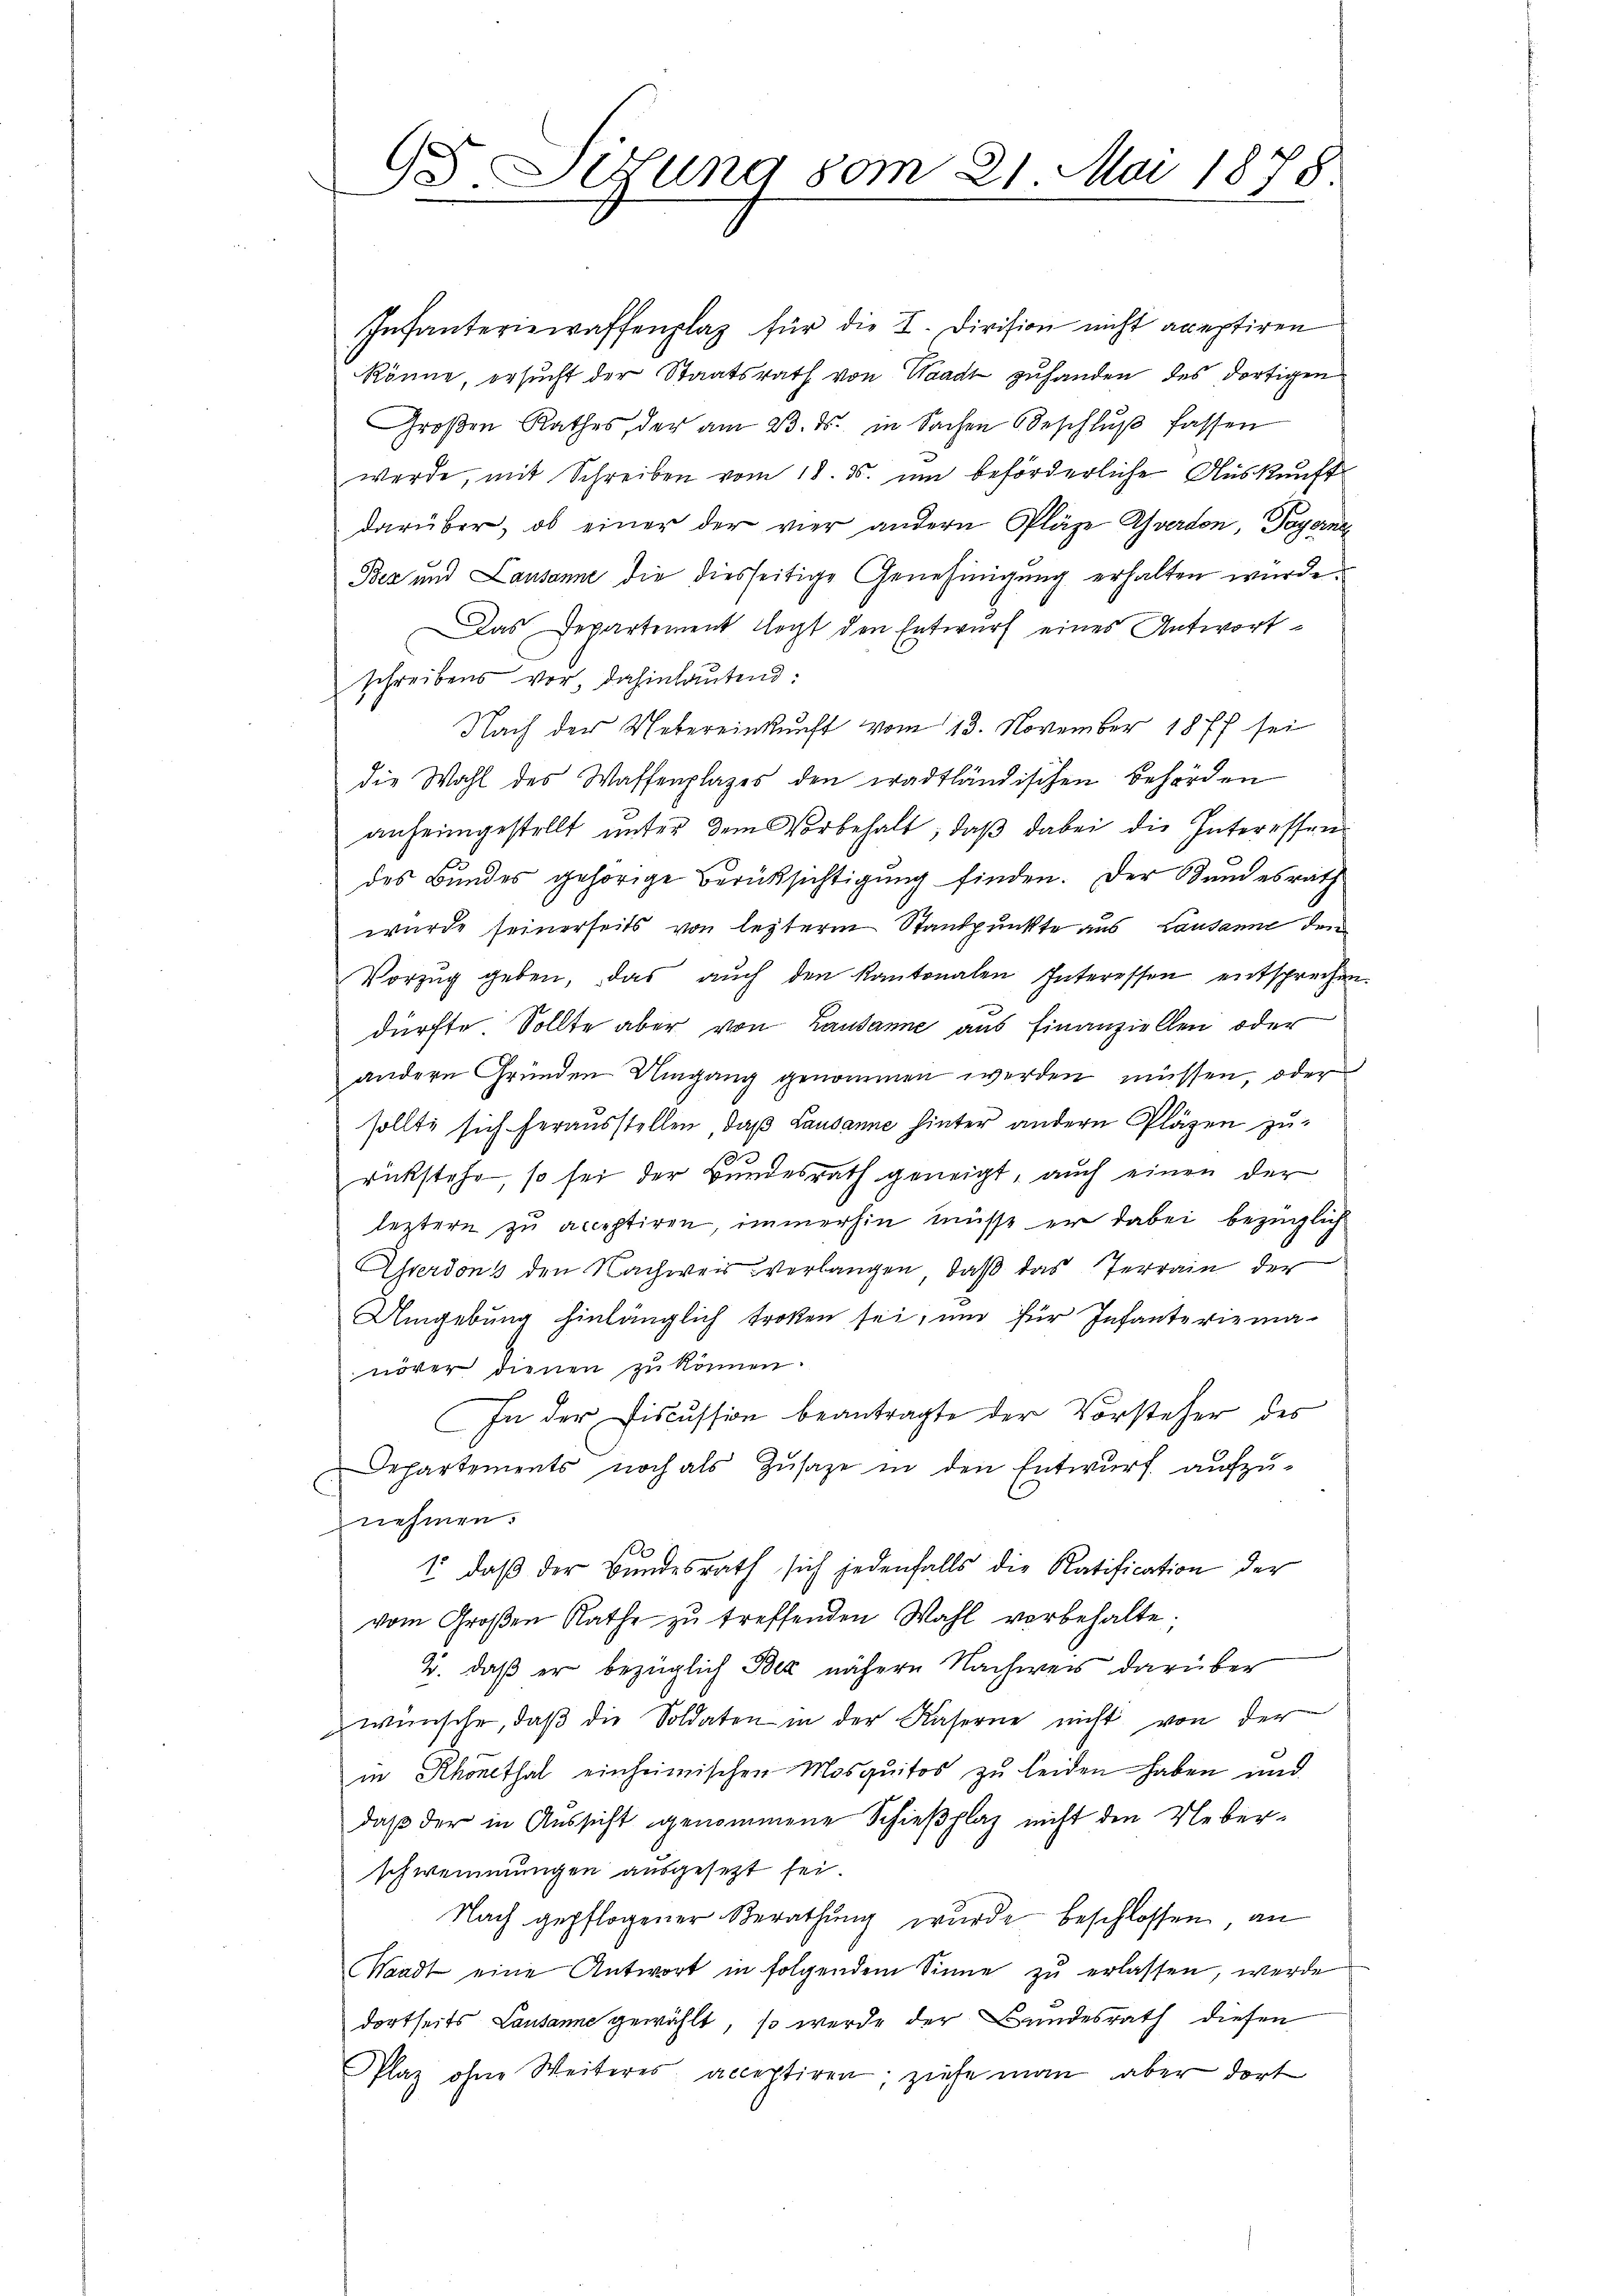
95 Sidung vom 21. Mai 1878

Infanteriewaffenplaz für die I. Division nicht acceptiren
könne, ersucht der Staatsrath von Waadt zuhanden des dortigen
Groβen Rathes, der am 23. ds. in Sachen Beschlŭβ fassen
werde, mit Schreiben vom 18. ds. um beförderliche Auskunft
darüber, ob einer der vier andern Pläze Yverdon, Payerne
Bez und Lausanne die diesseitige Genehmigung erhalten würde.
Das Departement legt den Entwurf eines Antwort
schreibens vor, dahinlautend:
Nach der Uebereinkunft vom 13. November 1877 sei
die Wahl des Waffenplazes den tradtländischen Behörden
anheimgestellt ŭnter dem Vorbehalt, daβ dabei die Interessen
des Bundes gehörige Berüksichtigung finden. Der Bundesrath
wurde seinerseits von lezterm Standpunkte aus Lausanne den
Vorzug geben, das auch den Kantonalen Interessen entsprechen
dürfte Sollte aber von Lausanne aus finanziellen oder
andern Gründen Umgang genommen werden müssen, oder
sollte sich herausstellen, daß Lausanne hinter andern Pläzen zu
.
rückstehe, so sei der Bundesrath geneigt, auch einen der
leztern zu acceptiren, immerhin müsse er dabei bezüglich
Aherdons den Nachweis verlangen, daß das Terrain der
Umgebung hinlänglich troten sei, und für Infanteriema-
növer dienen zŭ können.
In der Fiscussion beantragte der Vorsteher des
Departements noch als Zusage in den Entwurf aufzu-
nehmen.
1. daβ der Bundesrath sich jedenfalls die Ratification der
vom Groβen Rathe zŭ treffenden Wahl vorbehalte.
2. daß er bezüglich Bez nähere Nachweis darüber
wünsche, daß die Soldaten in der Kaserne nicht von der
in Rhonethal einheimischen Mosquitos zu leiden haben und
daß der in Aussicht genommene Schießplaz nicht den Ueberschwemmungen ausgesezt sei.
Nach gepflogener Berathung wurde beschlossen, an
Waadt eine Antwort in folgendem Sinne zŭ erlassen, werde
dortseits Lausanne gewählt, so werde der Bundesrath diesen
Plaz ohne Weiteres acceptiren, ziehe man aber dort